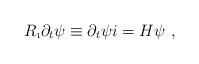
LaTeX: \begin{align*}R_{\i} \partial_t \psi \equiv \partial_t \psi i = H \psi~,\end{align*}